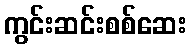
ကွင်းဆင်းစစ်ဆေး